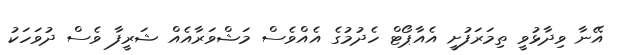
އޭނާ ވިދާޅުވީ ތިމަރަފުށީ އެއާޕޯޓް ހެދުމުގެ އެއްވެސް މަޝްވަރާއެއް ޝަރީފާ ވެސް ދުވަހަކު